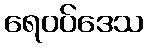
ရေဝပ်ဒေသ